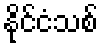
နိုင်ငံသစ်